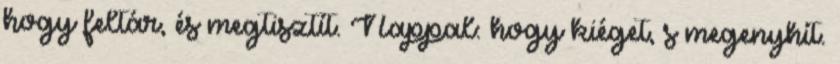
hogy feltár, és megtisztít. Nappal: hogy kiéget, s megenyhít.